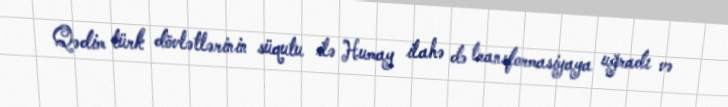
Qədim türk dövlətlərinin süqutu ilə Humay ilahə də transformasiyaya uğradı və